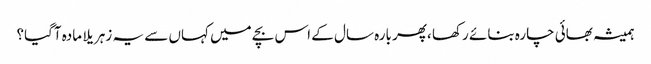
ہمیشہ بھائی چارہ بنائے رکھا ،پھر بارہ سال کے اس بچے میں کہاں سے یہ زہریلا مادہ آگیا؟